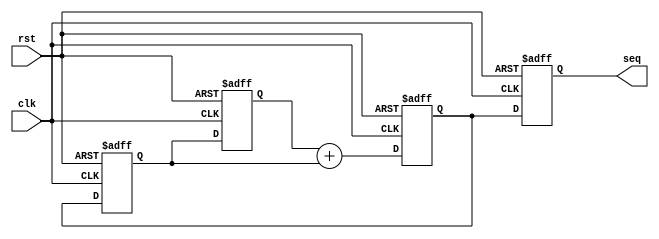
`timescale 1ns / 1ps


module seq (
  input clk,
  input rst,
  output [31:0] seq
);

  reg [31:0] num1, num2, num3, out;

  always @(posedge clk or posedge rst) begin
    if (rst) begin
      
      num1 <= 32'b0;
      num2 <= 32'b1;
      num3 <= 32'b1;
      out <= 32'b0;
    end else begin
      
      num1 <= num2;
      num2 <= num3;
      num3 <= num1 + num2;
      out <= num3;
    end
  end

  
  assign seq = out;

endmodule